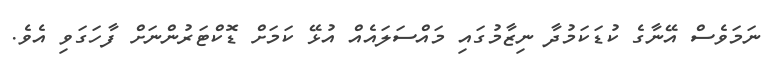
ނަމަވެސް އޭނާގެ ކުޑަކަމުދާ ނިޒާމުގައި މައްސަލައެއް އުޅޭ ކަމަށް ޑޮކްޓަރުންނަށް ފާހަގަވި އެވެ.